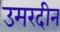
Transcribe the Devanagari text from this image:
उमरदीन